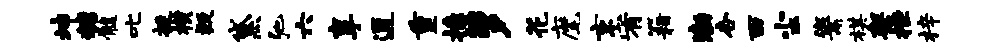
坤糖髓叱挺横疑黛弛六享通重掾萝花麾京宥籍渤杏西尘鬻棋架挫梓